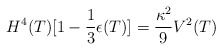
\begin{align*}H^4(T)[1-\frac{1}{3}\epsilon (T)]=\frac{\kappa^2}{9}V^2(T)\end{align*}